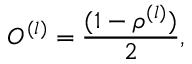
O ^ { ( l ) } = { \frac { ( 1 - \rho ^ { ( l ) } ) } { 2 } } ,